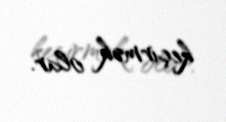
keçirmək olar.